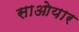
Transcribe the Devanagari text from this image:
साओयार